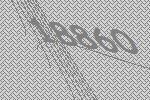
18860